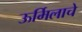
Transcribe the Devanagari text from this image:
ऊर्मिलाचे